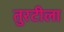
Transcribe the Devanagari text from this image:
तुरटीला